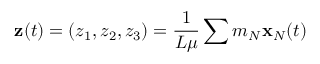
{ \bf z } ( t ) = ( z _ { 1 } , z _ { 2 } , z _ { 3 } ) = \frac { 1 } { L \mu } \sum m _ { N } { \bf x } _ { N } ( t )